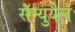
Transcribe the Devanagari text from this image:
सॅम्युयेल